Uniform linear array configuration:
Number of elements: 64
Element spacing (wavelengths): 1
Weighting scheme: hamming
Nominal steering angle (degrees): -60
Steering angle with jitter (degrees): -58.73
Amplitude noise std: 0.05
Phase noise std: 0.05

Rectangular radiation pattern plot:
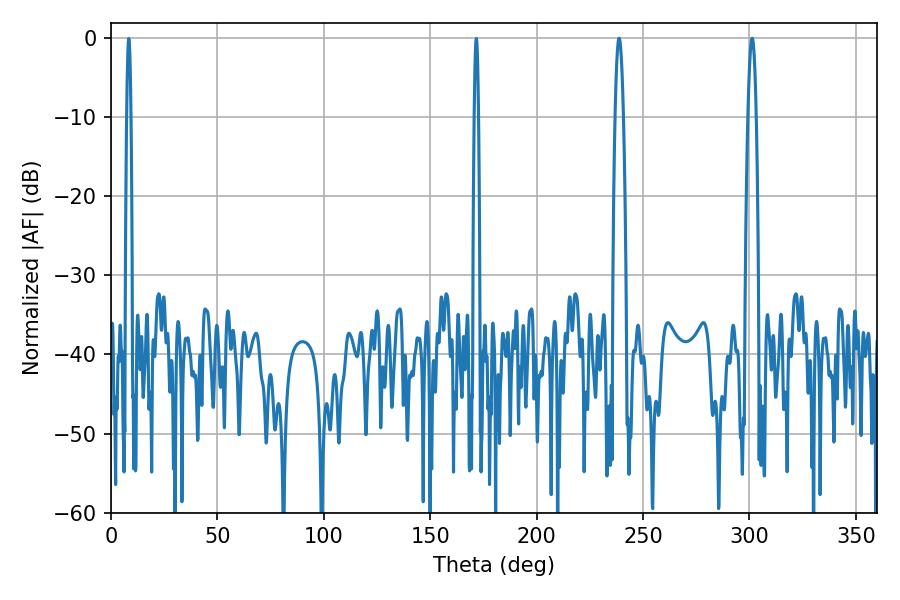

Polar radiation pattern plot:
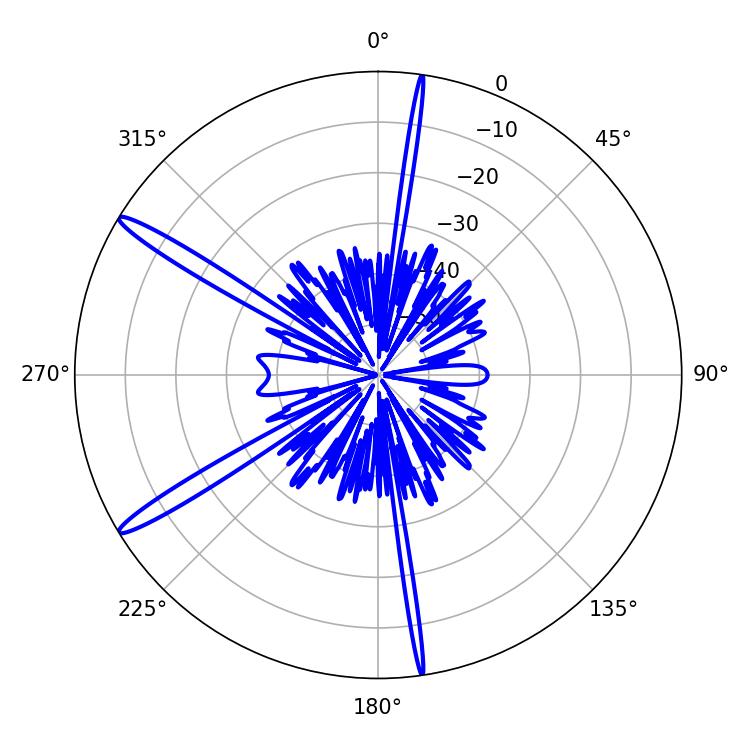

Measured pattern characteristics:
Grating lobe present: TRUE
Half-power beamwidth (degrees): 1.98
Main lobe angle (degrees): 238.68